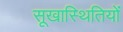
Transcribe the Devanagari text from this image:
सूखास्थितियों